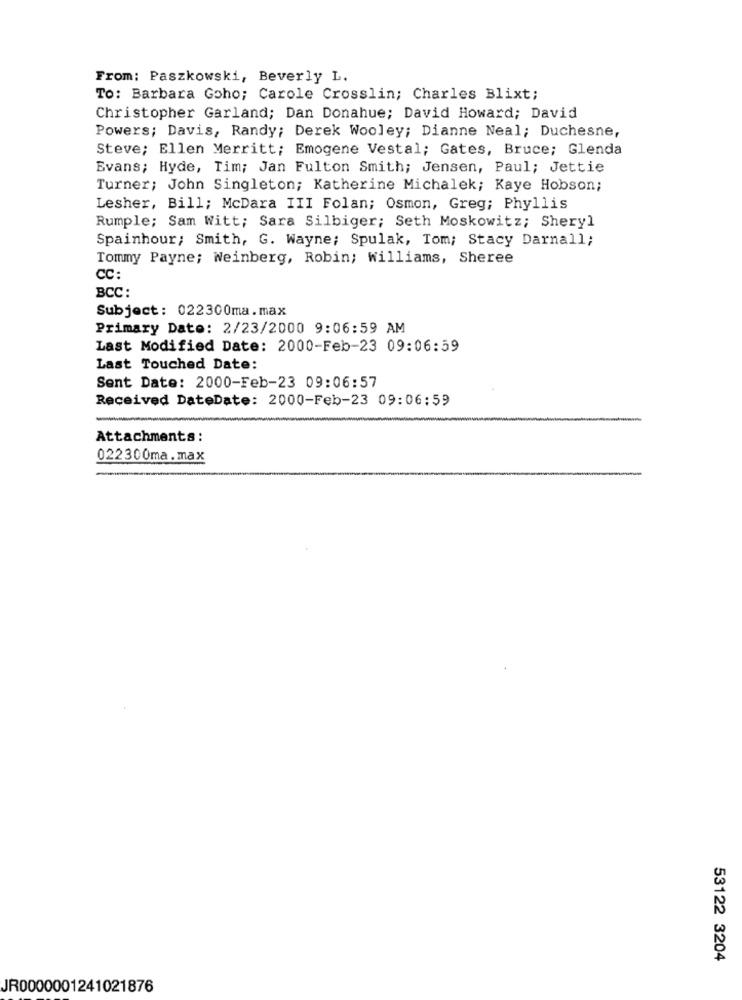
From: Paszkowski, Beverly L.
To: Barbara Goho; Carole Crosslin; Charles Blixt;
Christopher Garland; Dan Donahue; David Howard; David
Powers; Davis, Randy; Derek Wooley; Dianne Neal; Duchesne,
Steve; Ellen Merritt; Emogene Vestal; Gates, Bruce; Glenda
Evans; Hyde, Tim; Jan Fulton Smith; Jensen, Paul; Jettie
Turner; John Singleton; Katherine Michalek; Kaye Hobson;
Lesher, Bill; McDara III Folan; Osmon, Greg; Phyllis
Rumple; Sam Witt; Sara Silbiger; Seth Moskowitz; Sheryl
Spainhour; Smith, G. Wayne; Spulak, Tom; Stacy Darnall;
Tommy Payne; Weinberg, Robin; Williams, Sheree
CC:
BCC :
Subject: 022300ma.max
Primary Date: 2/23/2000 9:06:59 AM
Last Modified Date: 2000-Feb-23 09:06:59
Last Touched Date:
Sent Date: 2000-Feb-23 09:06:57
Received DateDate: 2000-Feb-23 09:06:59
Attachments:
022300ma.max
53122 3204
JR0000001241021876